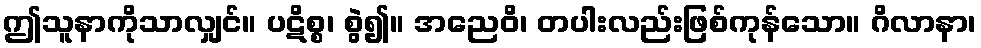
ဤသူနာကိုသာလျှင်။ ပဋိစ္စ၊ စွဲ၍။ အညေဝိ၊ တပါးလည်းဖြစ်ကုန်သော။ ဂိလာနာ၊